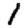
Digit: 1